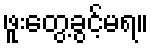
ဖူးတွေ့ခွင့်မရ။